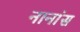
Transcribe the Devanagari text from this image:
नानांस